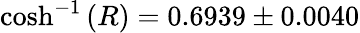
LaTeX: {\cosh^{-1}{(R)}}=0.6939\pm 0.0040